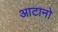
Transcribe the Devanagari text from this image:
आटानो